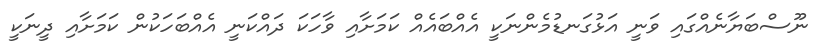
ނޫސްބަޔާނެއްގައި ވަނީ އަޅުގަނޑުމެންނަކީ އެއްބައެއް ކަމަށާއި ވާހަކަ ދައްކަނީ އެއްބަހަކުން ކަމަށާއި ދީނަކީ